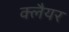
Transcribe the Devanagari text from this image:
क्लैयर